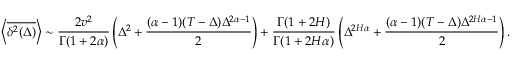
\left< \overline { { \delta ^ { 2 } ( \Delta ) } } \right> \sim \frac { 2 v ^ { 2 } } { \Gamma ( 1 + 2 \alpha ) } \left( \Delta ^ { 2 } + \frac { ( \alpha - 1 ) ( T - \Delta ) \Delta ^ { 2 \alpha - 1 } } { 2 } \right) + \frac { \Gamma ( 1 + 2 H ) } { \Gamma ( 1 + 2 H \alpha ) } \left( \Delta ^ { 2 H \alpha } + \frac { ( \alpha - 1 ) ( T - \Delta ) \Delta ^ { 2 H \alpha - 1 } } { 2 } \right) .